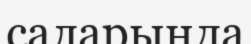
саларыңда